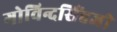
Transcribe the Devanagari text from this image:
गोविन्दसिंहजी